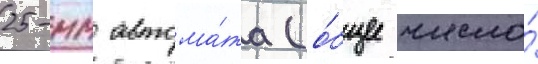
25-мм автома́та (о́бщее число́